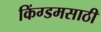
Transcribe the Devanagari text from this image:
किंग्डमसाठी